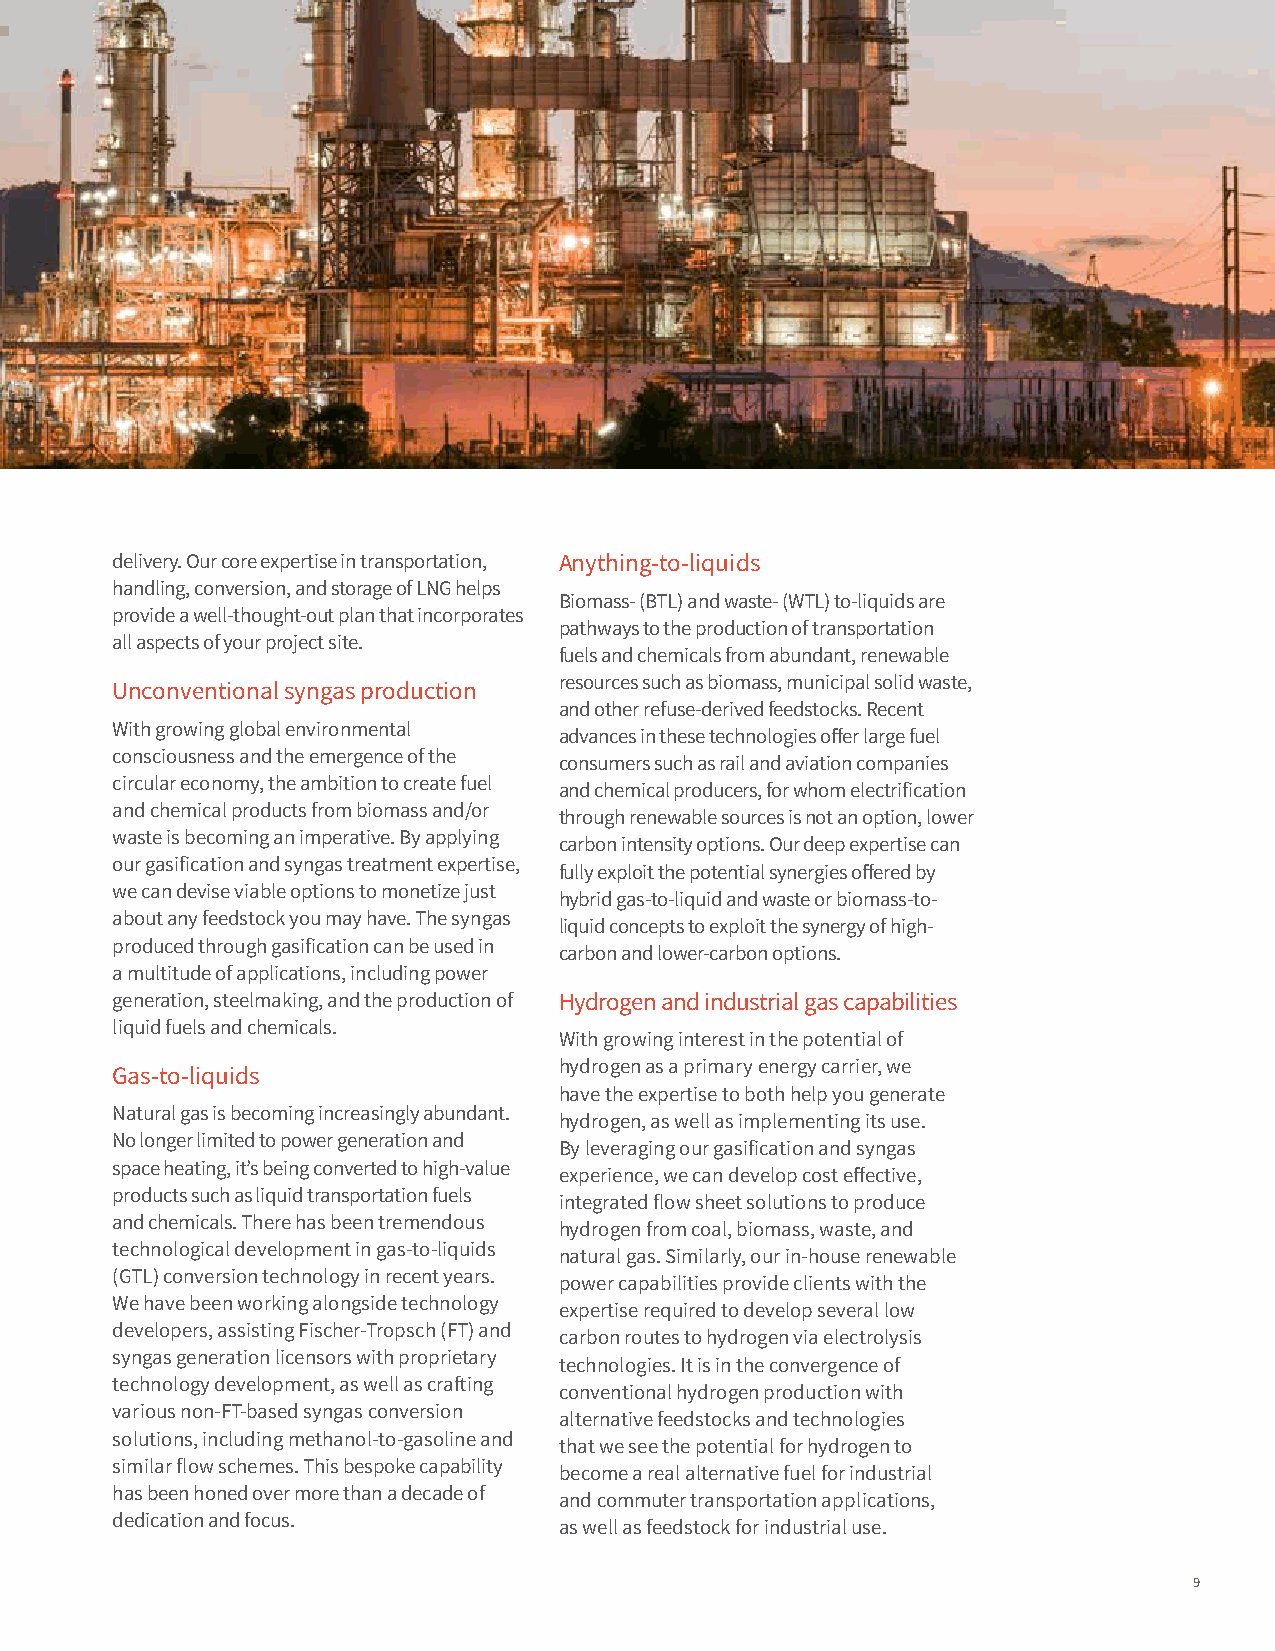
delivery. Our core expertise in transportation, Anything-to-liquids
 handling, conversion, and storage of LNG helps
 Biomass- (BTL) and waste- (WTL) to-liquids are
 provide a well-thought-out plan that incorporates
 pathways to the production of transportation
 all aspects of your project site.
 fuels and chemicals from abundant, renewable
 resources such as biomass, municipal solid waste,
 Unconventional syngas production
 and other refuse-derived feedstocks. Recent
 With growing global environmental
 advances in these technologies offer large fuel
 consciousness and the emergence of the
 consumers such as rail and aviation companies
 circular economy, the ambition to create fuel
 and chemical producers, for whom electrification
 and chemical products from biomass and/or
 through renewable sources is not an option, lower
 waste is becoming an imperative. By applying
 carbon intensity options. Our deep expertise can
 our gasification and syngas treatment expertise,
 fully exploit the potential synergies offered by
 we can devise viable options to monetize just
 hybrid gas-to-liquid and waste or biomass-to-
 about any feedstock you may have. The syngas
 liquid concepts to exploit the synergy of high-
 produced through gasification can be used in
 carbon and lower-carbon options.
 a multitude of applications, including power
 generation, steelmaking, and the production of Hydrogen and industrial gas capabilities
 liquid fuels and chemicals.
 With growing interest in the potential of
 hydrogen as a primary energy carrier, we
 Gas-to-liquids
 have the expertise to both help you generate
 Natural gas is becoming increasingly abundant.
 hydrogen, as well as implementing its use.
 No longer limited to power generation and
 By leveraging our gasification and syngas
 space heating, it’s being converted to high-value
 experience, we can develop cost effective,
 products such as liquid transportation fuels
 integrated flow sheet solutions to produce
 and chemicals. There has been tremendous
 hydrogen from coal, biomass, waste, and
 technological development in gas-to-liquids
 natural gas. Similarly, our in-house renewable
 (GTL) conversion technology in recent years.
 power capabilities provide clients with the
 We have been working alongside technology
 expertise required to develop several low
 developers, assisting Fischer-Tropsch (FT) and
 carbon routes to hydrogen via electrolysis
 syngas generation licensors with proprietary
 technologies. It is in the convergence of
 technology development, as well as crafting
 conventional hydrogen production with
 various non-FT-based syngas conversion
 alternative feedstocks and technologies
 solutions, including methanol-to-gasoline and
 that we see the potential for hydrogen to
 similar flow schemes. This bespoke capability
 become a real alternative fuel for industrial
 has been honed over more than a decade of
 and commuter transportation applications,
 dedication and focus.
 as well as feedstock for industrial use.
 9